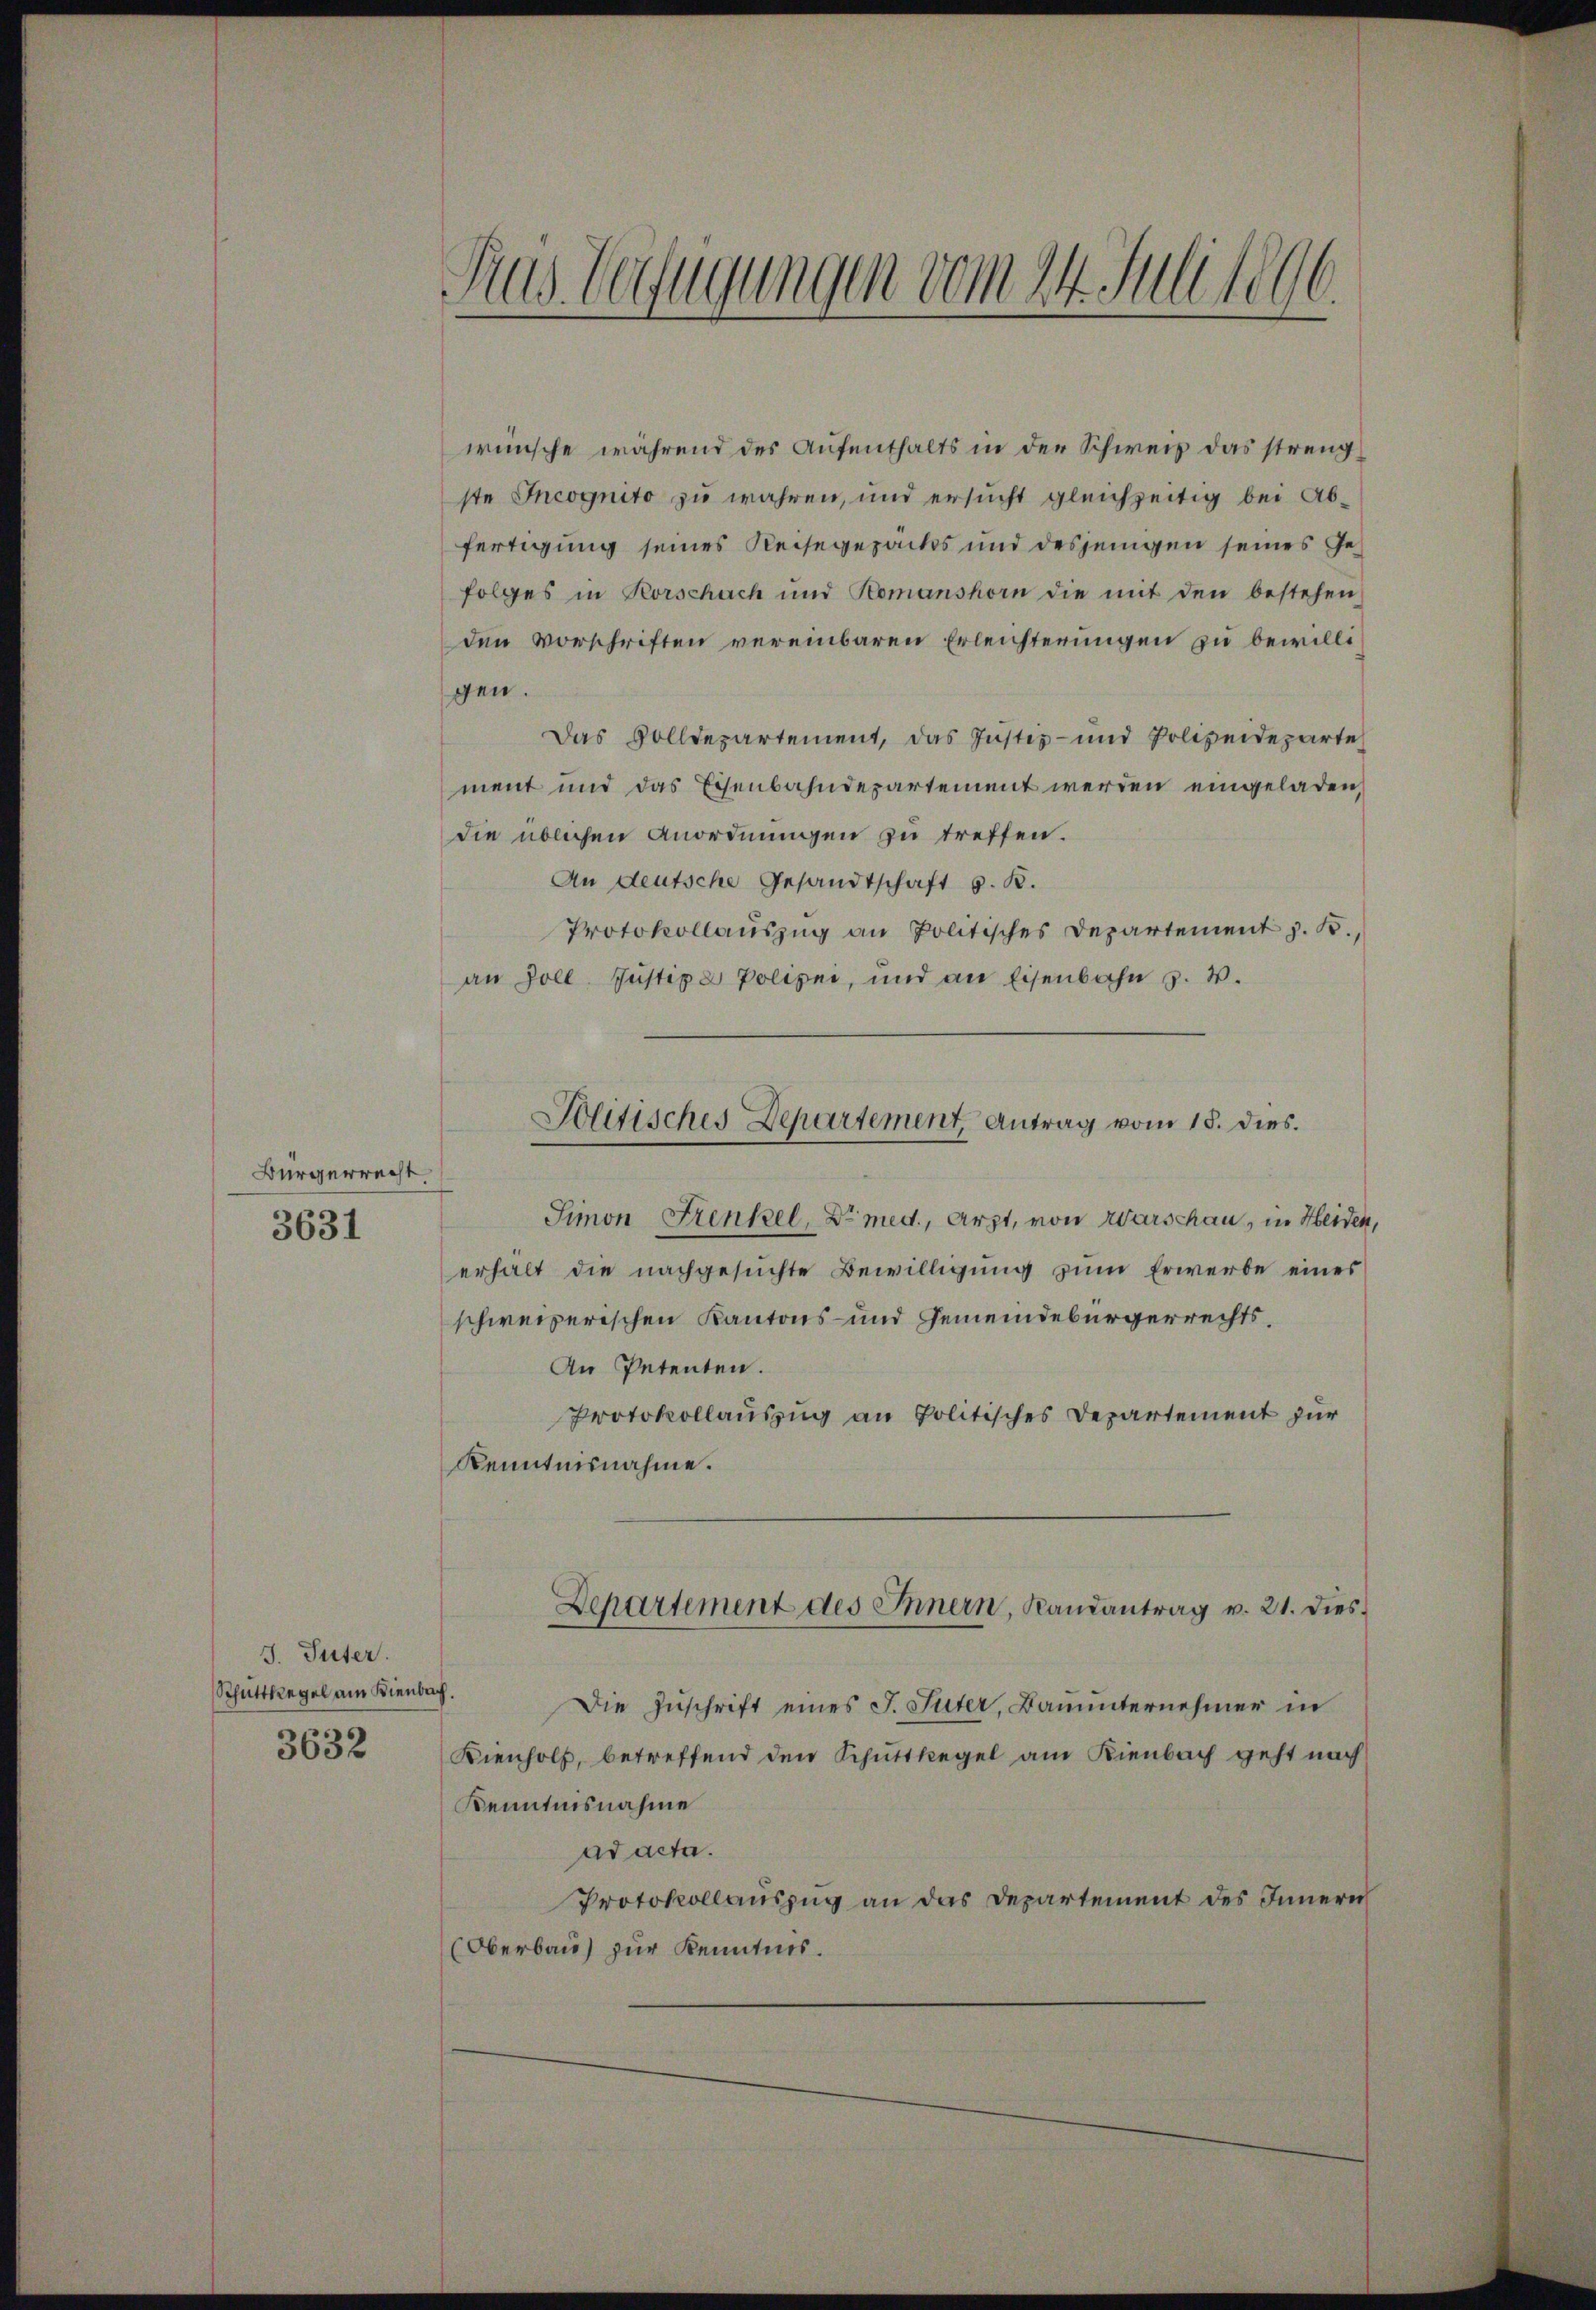
Bürgerrecht
3631

J. Güter.
Schuttsregel am Kienber
3632

Das Verfügungen vom 24. Juli 1896

wünsche während des Aufenthalts in der Schweiz das strengste Incognito zu wahren, und ersucht gleichzeitig bei Abfertigung seines Reisegezacks und desjenigen seines Gefolges in Rorschach und Komanshorn die mit den bestehen,
den Vorschriften vereinbaren Erleichterungen zu bewillt,
gen.
Das Volldepartement, das Justiz- und Polizeideparte
ment und das Eisenbahndepartement werden eingeladen,
die üblichen Anordnungen zu treffen.
An deutsche Gesandtschaft s. B.
Protokollauszug an Politisches Departement z. B.,
an Zoll Justige Polizei, und an Eisenbahn s. v.
Simon Frenkel, Dr med., Arzt, von Warschau, in Heiden,
erhalt die nachgesuchte Bewilligung zum Erwerbe eines
schweizerischen Kantons- und Gemeindebürgerrechts¬
An Petenten.
Protokollauszug an Politisches Departement zur
Kenntnisnahme.
Departement des Innern, Randantrag v. 21. dies
ch.
Die Zuschrift eines J. Suter, Bauunternehmer in
Kienholz, betreffend den Schuttliegel am Kienbach geht nach
Kenntnisnahme
ad acta.
Protokollauszug an das Departement des Innern
(Oberbau zur Kenntnis.

Politisches Departement Antrag vom 18. dies.